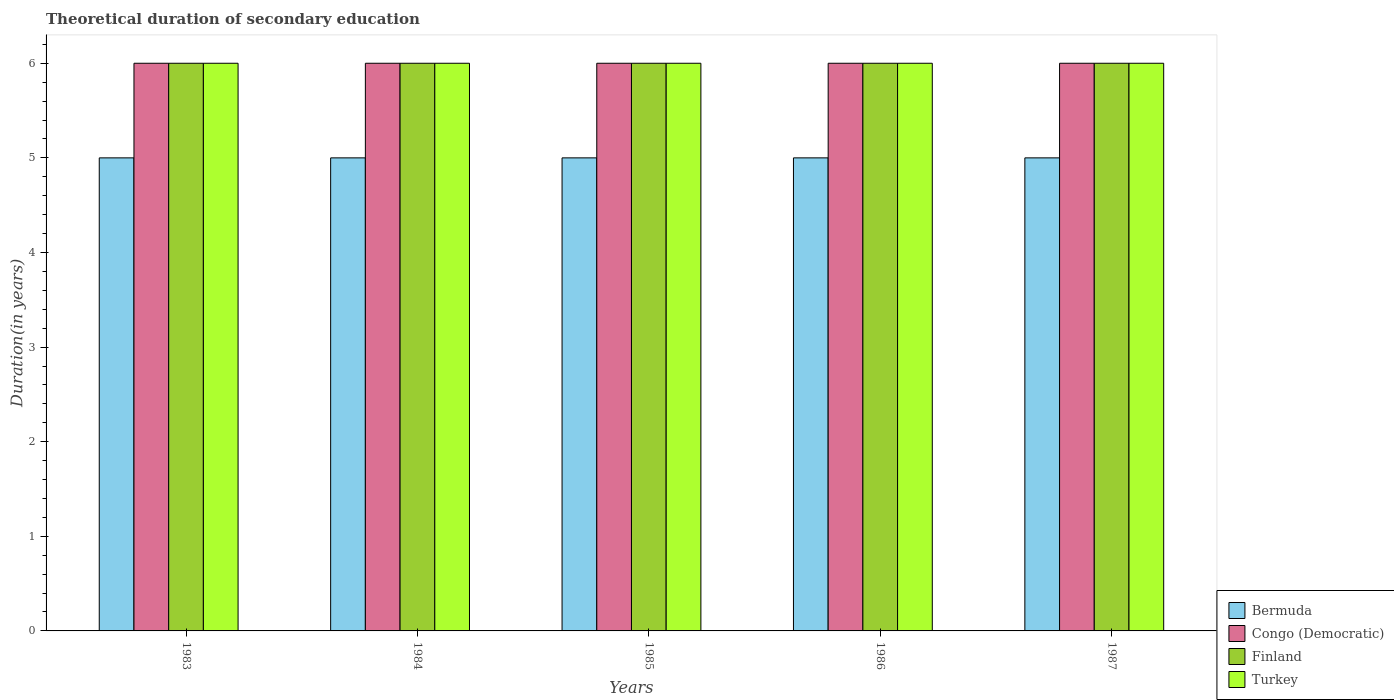
| Years | Bermuda | Congo (Democratic) | Finland | Turkey |
 | --- | --- | --- | --- | --- |
 | 1983 | 5 | 6 | 6 | 6 |
 | 1984 | 5 | 6 | 6 | 6 |
 | 1985 | 5 | 6 | 6 | 6 |
 | 1986 | 5 | 6 | 6 | 6 |
 | 1987 | 5 | 6 | 6 | 6 |